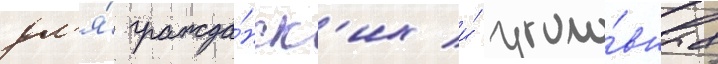
дл'я́ гражда́нск'их и́ уголо́вных